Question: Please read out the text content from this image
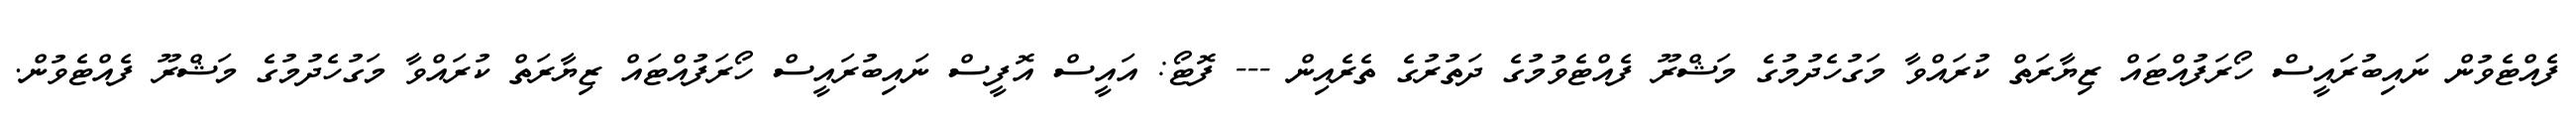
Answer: ފެއްޓެވުން ނައިބުރައީސް ހޯރަފުއްޓައް ޒިޔާރަތް ކުރައްވާ މަގުހެދުމުގެ މަޝްރޫ ފެއްޓެވުމުގެ ދަތުރުގެ ތެރެއިން --- ފޮޓޯ: އައީސް އޮފީސް ނައިބުރައީސް ހޯރަފުއްޓައް ޒިޔާރަތް ކުރައްވާ މަގުހެދުމުގެ މަޝްރޫ ފެއްޓެވުން.